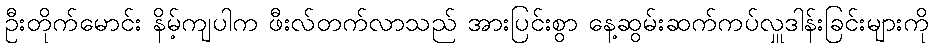
ဦးတိုက်မောင်း နိမ့်ကျပါက ဖီးလ်တက်လာသည် အားပြင်းစွာ နေ့ဆွမ်းဆက်ကပ်လှူဒါန်းခြင်းများကို